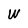
Character: W